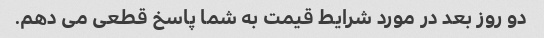
دو روز بعد در مورد شرایط قیمت به شما پاسخ قطعی می دهم.